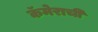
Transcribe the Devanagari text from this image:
कॅमेराची